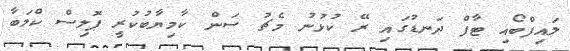
ލައިފްބޯއި ޓާފް ދަނޑުގައި ރޭ ކުޅުނު މެޗު ސަން ކާމިޔާބުކުރީ ޕޮލިސް ކްލަބާ